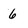
Character: 6